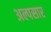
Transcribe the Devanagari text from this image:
अल्पसार